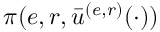
\pi ( e , r , \bar { u } ^ { ( e , r ) } ( \cdot ) )